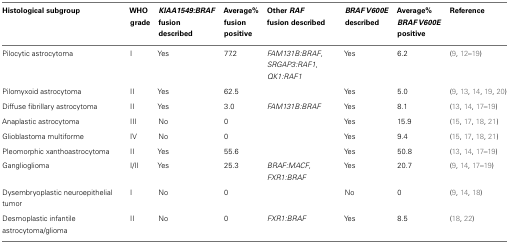
<table><thead><tr><td><b>Histological subgroup</b></td><td><b>WHO grade</b></td><td><b><i>KIAA1549:BRAF</i> fusion described</b></td><td><b>Average% fusion positive</b></td><td><b>Other <i>RAF</i> fusion described</b></td><td><b><i>BRAF V600E</i> described</b></td><td><b>Average% <i>BRAF V600E</i> positive</b></td><td><b>Reference</b></td></tr></thead><tbody><tr><td>Pilocytic astrocytoma</td><td>I</td><td>Yes</td><td>77.2</td><td><i>FAM131B:BRAF</i>, <i>SRGAP3:RAF1</i>, <i>QK1:RAF1</i></td><td>Yes</td><td>6.2</td><td>(9, 12–19)</td></tr><tr><td>Pilomyxoid astrocytoma</td><td>II</td><td>Yes</td><td>62.5</td><td></td><td>Yes</td><td>5.0</td><td>(9, 13, 14, 19, 20)</td></tr><tr><td>Diffuse fibrillary astrocytoma</td><td>II</td><td>Yes</td><td>3.0</td><td><i>FAM131B:BRAF</i></td><td>Yes</td><td>8.1</td><td>(13, 14, 17–19)</td></tr><tr><td>Anaplastic astrocytoma</td><td>III</td><td>No</td><td>0</td><td></td><td>Yes</td><td>15.9</td><td>(15, 17, 18, 21)</td></tr><tr><td>Glioblastoma multiforme</td><td>IV</td><td>No</td><td>0</td><td></td><td>Yes</td><td>9.4</td><td>(15, 17, 18, 21)</td></tr><tr><td>Pleomorphic xanthoastrocytoma</td><td>II</td><td>Yes</td><td>55.6</td><td></td><td>Yes</td><td>50.8</td><td>(13, 14, 17–19)</td></tr><tr><td>Ganglioglioma</td><td>I/II</td><td>Yes</td><td>25.3</td><td><i>BRAF:MACF</i>, <i>FXR1:BRAF</i></td><td>Yes</td><td>20.7</td><td>(9, 14, 17–19)</td></tr><tr><td>Dysembryoplastic neuroepithelial tumor</td><td>I</td><td>No</td><td>0</td><td></td><td>No</td><td>0</td><td>(9, 14, 18)</td></tr><tr><td>Desmoplastic infantile astrocytoma/glioma</td><td>II</td><td>No</td><td>0</td><td><i>FXR1:BRAF</i></td><td>Yes</td><td>8.5</td><td>(18, 22)</td></tr></tbody></table>